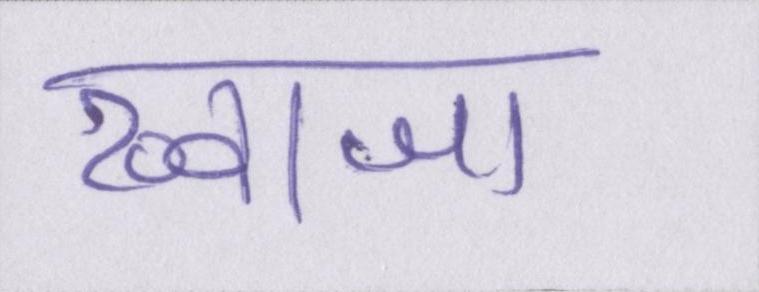
ख्वाजा